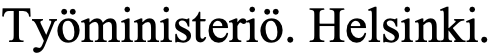
Työministeriö. Helsinki.